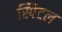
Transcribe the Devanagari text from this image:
स्पिटल